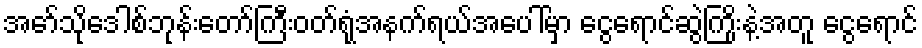
အော်သိုဒေါစ်ဘုန်းတော်ကြီးဝတ်ရုံအနက်ရယ်အပေါ်မှာ ငွေရောင်ဆွဲကြိုးနဲ့အတူ ငွေရောင်